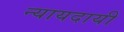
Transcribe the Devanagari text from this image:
न्यायदायी